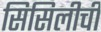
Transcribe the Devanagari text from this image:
सिसिलीची